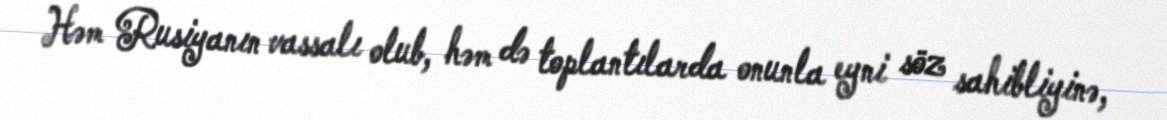
Həm Rusiyanın vassalı olub, həm də toplantılarda onunla eyni söz sahibliyinə,